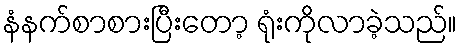
နံနက်စာစားပြီးတော့ ရုံးကိုလာခဲ့သည်။